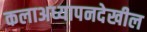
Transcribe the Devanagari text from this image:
कलाअध्यापनदेखील